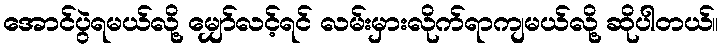
အောင်ပွဲရမယ်လို့ မျှော်လင့်ရင် လမ်းမှားလိုက်ရာကျမယ်လို့ ဆိုပါတယ်။